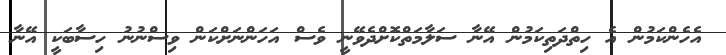
އެހެންކަމުން އެ ހިތްދަތިކަމުން އޭނާ ސަލާމަތްކޮށްދެވޭނީ ވެސް އަހަންނަށްކަން ވިސްނުނު ހިސާބަކީ އޭނާ